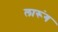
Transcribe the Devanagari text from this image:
लारूंग